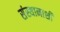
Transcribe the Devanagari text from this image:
संस्थानाशी